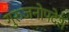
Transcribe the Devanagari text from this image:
गुरुजनोपदेश